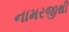
નામરજીથી